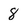
Character: 8